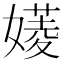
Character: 𡡷